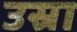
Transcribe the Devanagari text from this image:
उस्रा